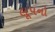
લૂપનો